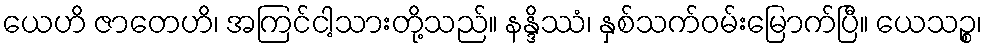
ယေဟိ ဇာတေဟိ၊ အကြင်ငါ့သားတို့သည်။ နန္ဒိဿံ၊ နှစ်သက်ဝမ်းမြောက်ပြီ။ ယေသဉ္စ၊